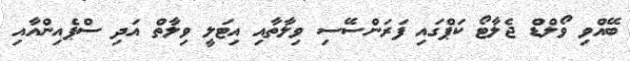
ބޭއްވި ވޯލްޑް ޖެލާޓޯ ކަޕްގައި ފަރަންސޭސި ވިލާތާއި އިޓަލީ ވިލާތް އަދި ސްޕެއިންއާއި